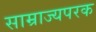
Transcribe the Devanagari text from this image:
साम्राज्यपरक